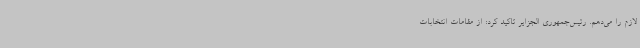
لازم را می‌دهم. رئیس‌جمهوری الجزایر تاکید کرد: از مقامات انتخابات